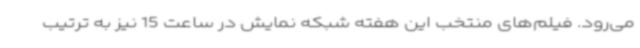
می‌رود. فیلم‌های منتخب این هفته شبکه نمایش در ساعت 15 نیز به ترتیب